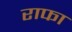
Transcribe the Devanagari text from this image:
राफा